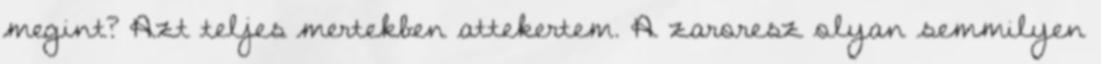
megint? Azt teljes mertekben attekertem. A zaroresz olyan semmilyen